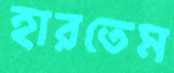
হারতেম